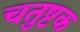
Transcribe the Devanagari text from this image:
चतुष्टक